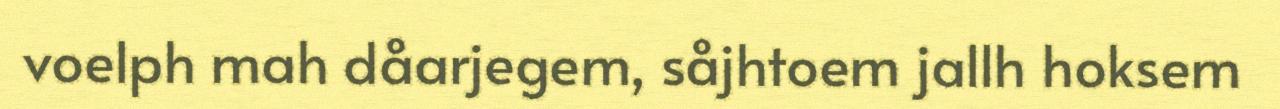
voelph mah dåarjegem, såjhtoem jallh hoksem